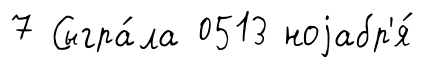
7 Сыгра́ла 0513 ноjабр'я́